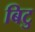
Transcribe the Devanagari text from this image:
बिटु